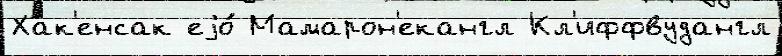
Хак'енсак еjо́ Мамарон'екангл Кл'иффвудангл